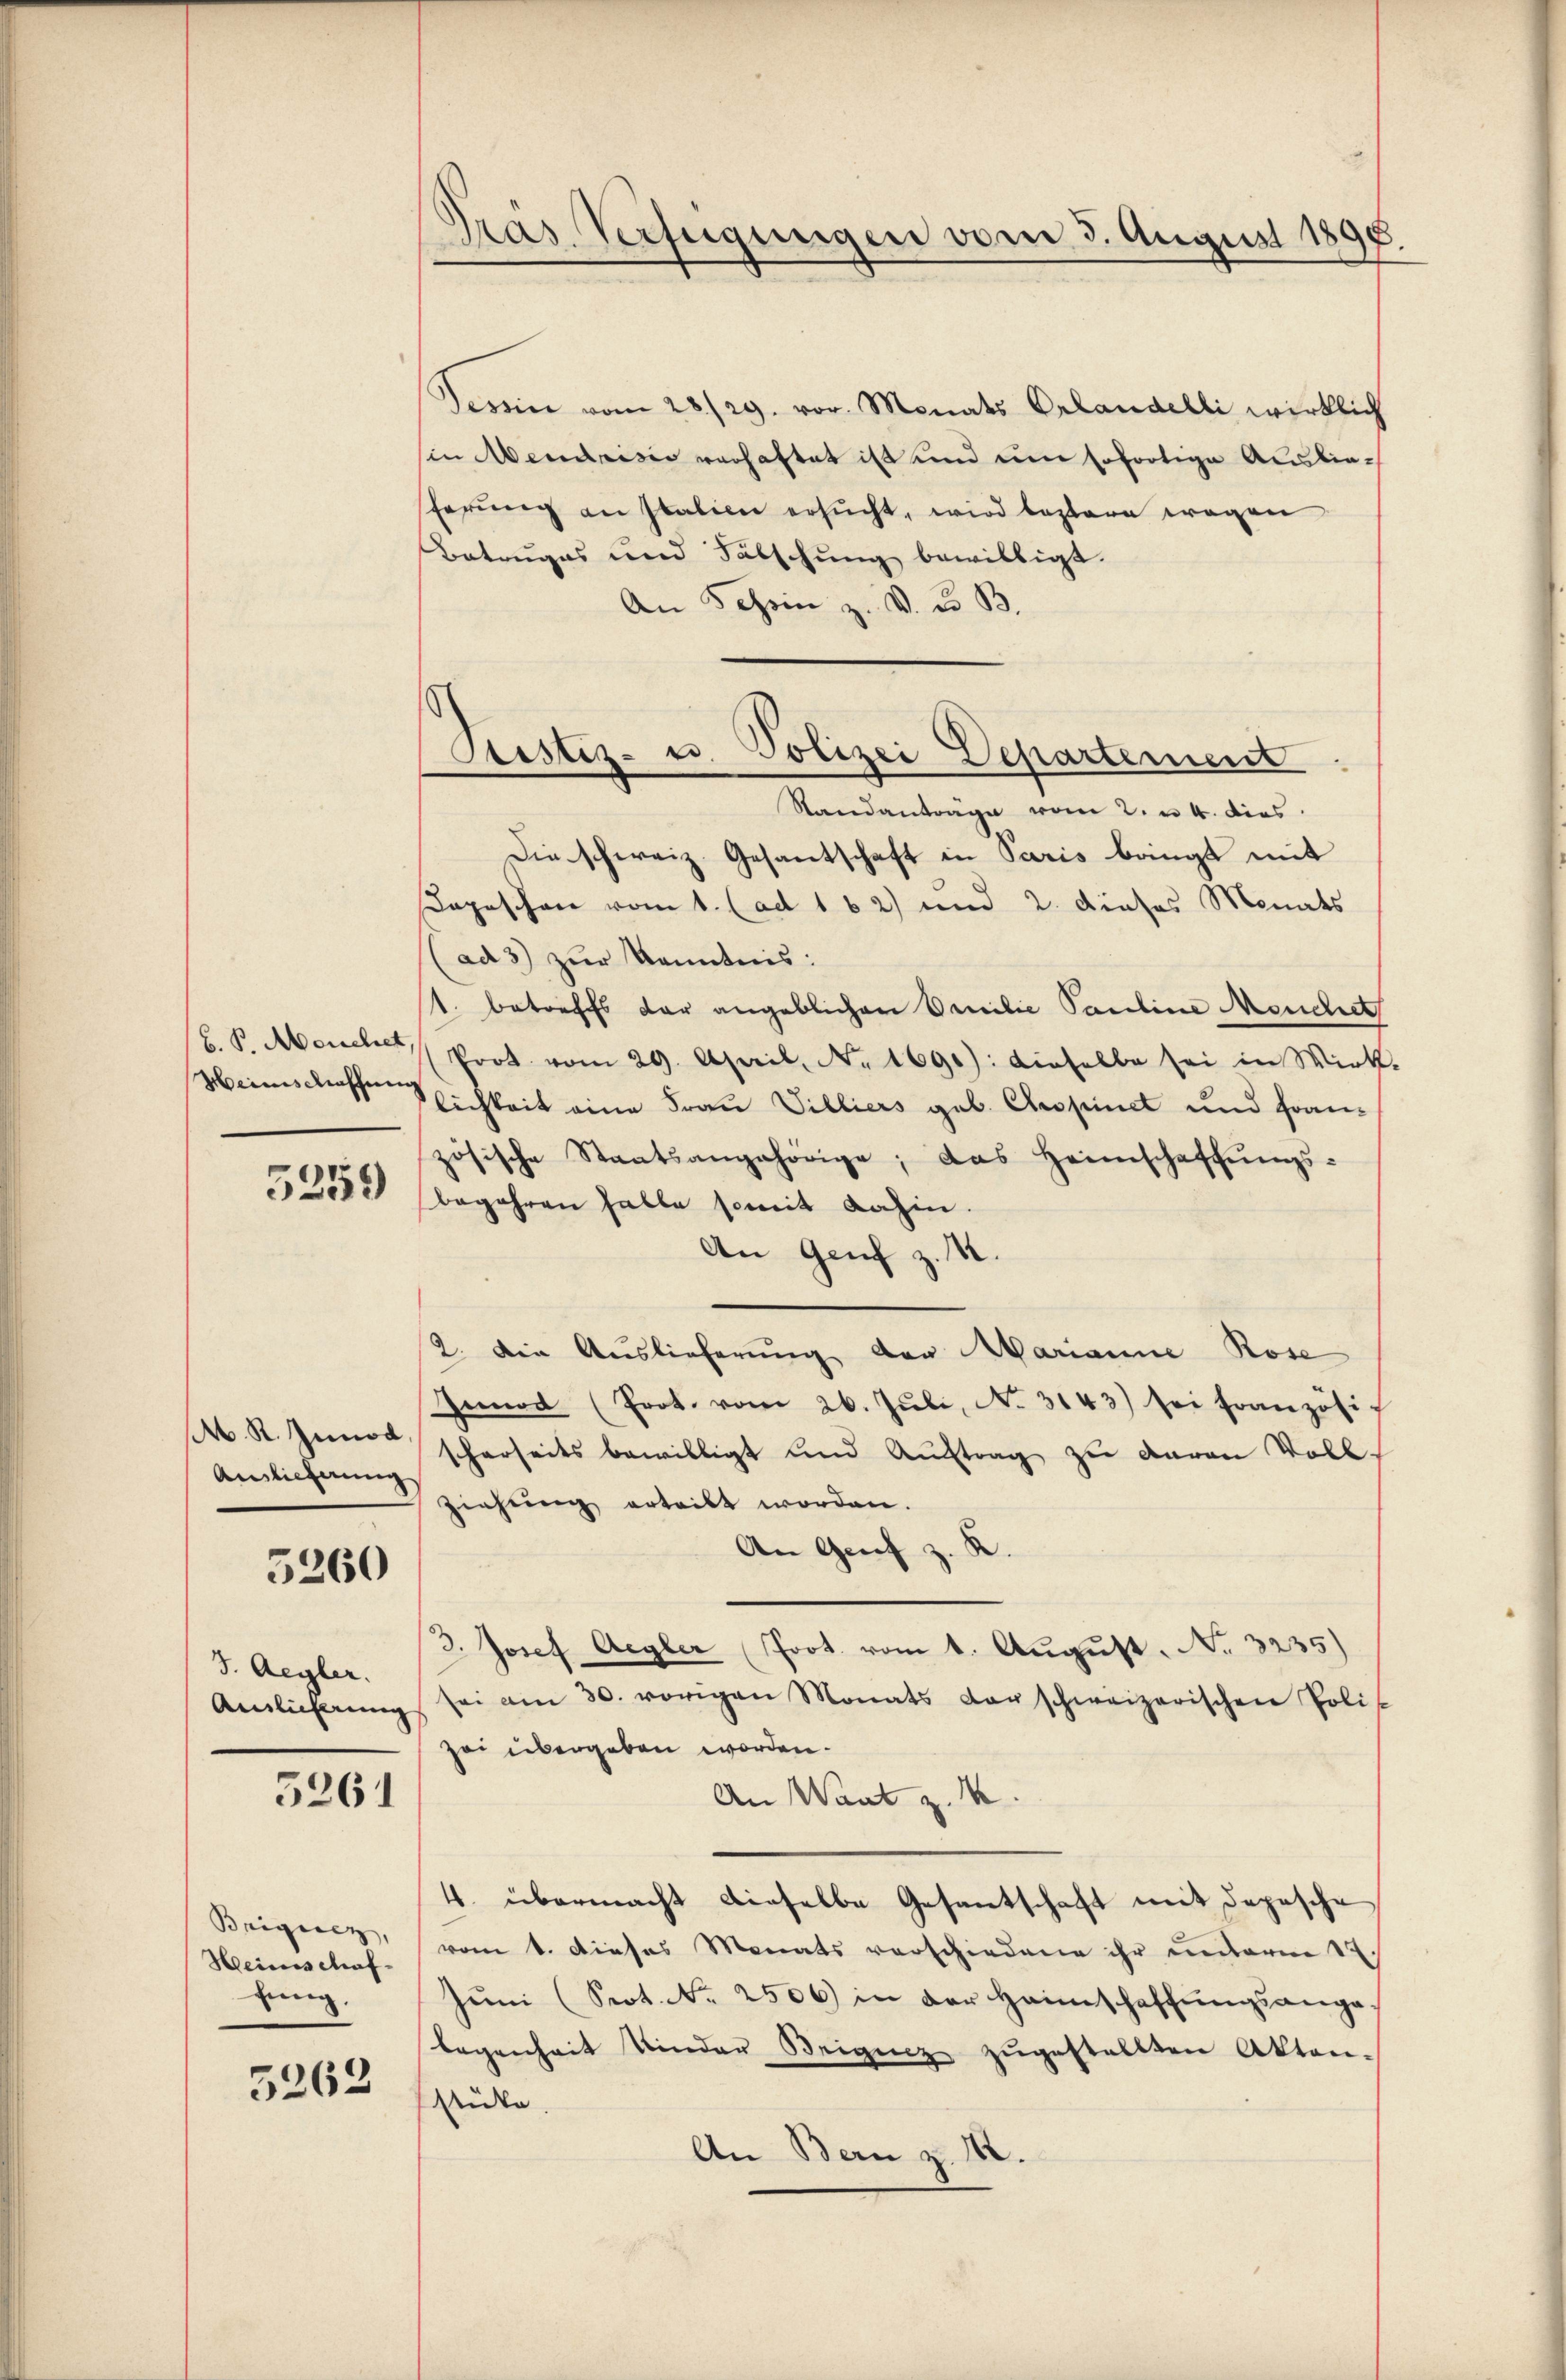
b. P. Meuchet,
Heinschaffung

5259

M. R. Innod,
Anslicherung

5260

S. Aegler.
Ainlicherung

5261

Brigiez,
Heinschafhung,

5262

.
Pras. Verfügungen vom 3. August 1890.

Tessin vom 28/29. vor. Monats Erlandelli wirklich
in Mendrisie verhaftet ist und um sofortige Auslieferung an Italien ersucht, wird leztere wegen
Betruges und Fabschung bewilligt.
An Schein z. v. u. B.
Standantrage vom 2. u. 4. dies
Die schweiz. Gesantschaft in Paris bringt mit
Depeschen vom 1. (ad 162) und 2. dieses Monats
(ad 3) zŭr Kenntnis:
1. betreffs der angeblichen Emilie Pauline Meuchet
Prot. vom 29. April, No. 1690): dieselbe sei in Wirk-
lichkeit eine Frau Villiers geb. Cropinet und Fran-
zösische Staatsangehörige; das Heimschaffŭngs-
begehren hatte somit dahin.
An Genf z. B.
2. Die Auslieferung der Marianne Rose
Innod (Prot. vom 26. Jŭli, No. 3143) sei französi
scherheits bewilligt und Auftrag zu davon Voll-
ziehung erteilt worden.
An Genf z. K
3. Josef Aegler (Prot. vom 1. August. No. 3235)
sei am 30. vorigen Monats der schweizerischen Poli-
zei übergeben worden.
An Want z. B.
4. übermacht dieselbe Gesantschaft mit Depesche
vom 1. dieses Monats verschiedene ihr unterm 14.
Jŭni (Srot. Nr. 2506) in der Heimschaffŭngsange
legenheit Kinder Weigenz zŭgestellten Akten-
stücke.
An Bern z. B.

Justiz- u. Polizei Departement